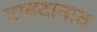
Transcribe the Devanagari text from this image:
तावदानात